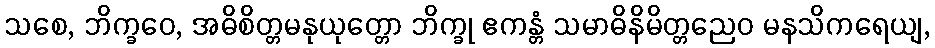
သစေ, ဘိက္ခဝေ, အဓိစိတ္တမနုယုတ္တော ဘိက္ခု ဧကန္တံ သမာဓိနိမိတ္တညေဝ မနသိကရေယျ,